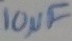
Text: 10µF